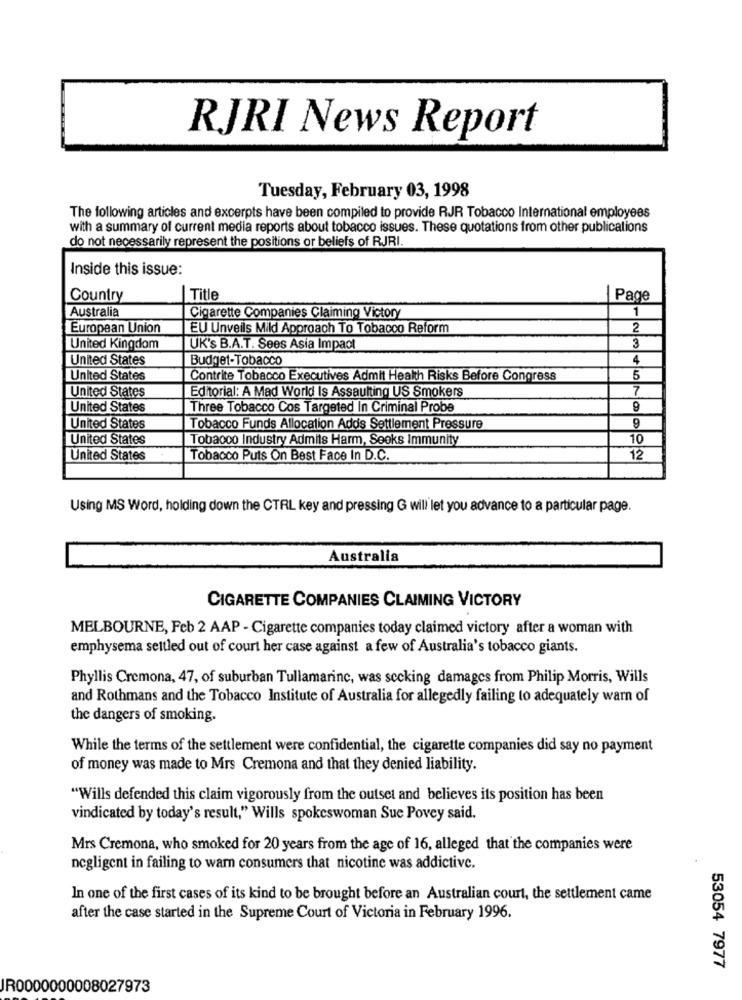
RJRI News Report
Tuesday, February 03, 1998
The following articles and excerpts have been compiled to provide RJR Tobacco International employees
with a summary of current media reports about tobacco issues. These quotations from other publications
do not necessarily represent the positions or beliefs of RJRI.
Inside this issue:
Country
Title
Page
Australia
1
Cigarette Companies Claiming Victory
European Union
EU Unveils Mild Approach To Tobacco Reform
2
United Kingdom
UK's B.A.T. Sees Asia Impact
3
United States
Budget-Tobacco
4
United States
Contrite Tobacco Executives Admit Health Risks Before Congress
5
Editorial: A Mad World Is Assaulting US Smokers
7
United States
United States
Three Tobacco Cos Targeted In Criminal Probe
9
United States
Tobacco Funds Allocation Adds Settlement Pressure
9
United States
Tobacco Industry Admits Harm, Seoks Immunity
10
United States
Tobacco Puts On Best Face In D.C.
12
Using MS Word, holding down the CTRL key and pressing G will let you advance to a particular page.
Australia
CIGARETTE COMPANIES CLAIMING VICTORY
MELBOURNE, Feb 2 AAP - Cigarette companies today claimed victory after a woman with
emphysema settled out of court her case against a few of Australia's tobacco giants.
Phyllis Cremona, 47, of suburban Tullamarinc, was sccking damages from Philip Morris, Wills
and Rothmans and the Tobacco Institute of Australia for allegedly failing to adequately warn of
the dangers of smoking.
While the terms of the settlement were confidential, the cigarette companies did say no payment
of money was made to Mrs Cremona and that they denied liability.
"Wills defended this claim vigorously from the outset and believes its position has been
vindicated by today's result," Wills spokeswoman Sue Povey said.
Mrs Cremona, who smoked for 20 years from the age of 16, alleged that the companies were
negligent in failing to warn consumers that nicotine was addictive.
In one of the first cases of its kind to be brought before an Australian court, the settlement came
after the case started in the Supreme Court of Victoria in February 1996.
53054 7977
JR0000000008027973